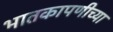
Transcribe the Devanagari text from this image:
भातकापणीच्या